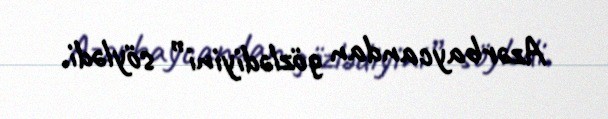
Azərbaycandan gözlədiyini” söylədi.